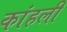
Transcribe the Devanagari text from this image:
कांहली